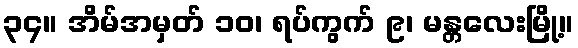
၃၄။ အိမ်အမှတ် ၁၀၊ ရပ်ကွက် ၉၊ မန္တလေးမြို့။